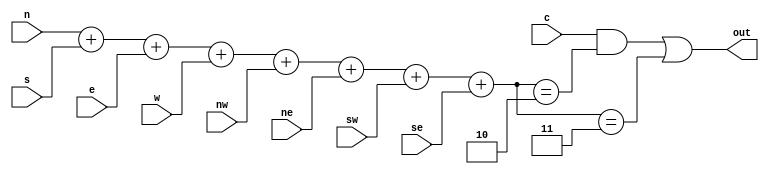
// life
module life (out,c,n,s,e,w,nw,ne,sw,se);
input c,n,s,e,w,nw,ne,sw,se;
output out;
wire [3:0] sum;
assign sum = n+s+e+w+nw+ne+sw+se;
assign out = (c && (sum==2)) || (sum==3);
endmodule